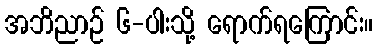
အဘိညာဉ် ၆-ပါးသို့ ရောက်ရကြောင်း။